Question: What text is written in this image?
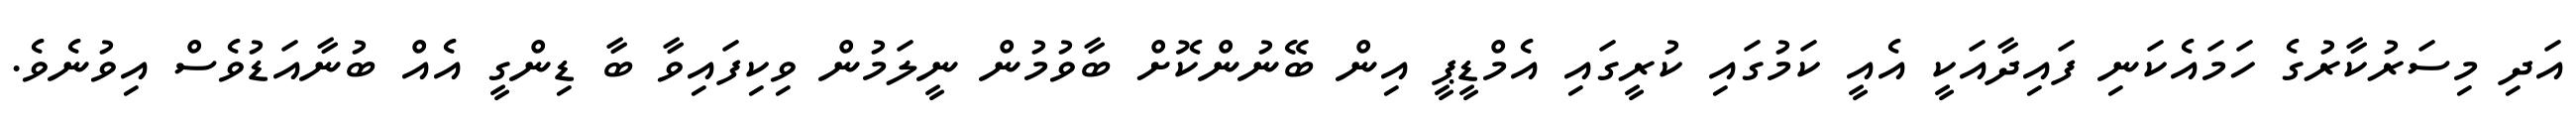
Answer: އަދި މިސަރުކާރުގެ ހަމައެކަނި ފައިދާއަކީ އެއީ ކަމުގައި ކުރީގައި އެމްޑީޕީ އިން ބޭނުންކޮށް ބާވުމުން ނީލަމުން ވިކިފައިވާ ބާ ޑިންގީ އެއް ބުނާއަޑުވެސް އިވުނެވެ.